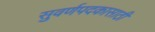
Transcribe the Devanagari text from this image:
सुवर्णपदकासाठी